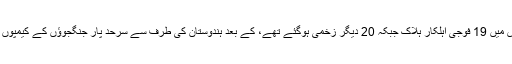
18 ستمبر کو شمالی کشمیر کے اوڑی میں بریگیڈ ہیڈکوارٹر پر فدائین حملے جس میں 19 فوجی اہلکار ہلاک جبکہ 20 دیگر زخمی ہوگئے تھے، کے بعد ہندوستان کی طرف سے سرحد پار جنگجوؤں کے کیمپوں پر سرجیکل حملے کے دعوے کے بعد یہ مسٹر پاریکر کا پہلا دورہ کشمیر ہے۔